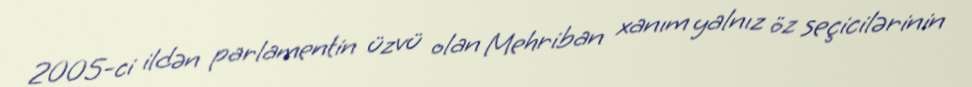
2005-ci ildən parlamentin üzvü olan Mehriban xanım yalnız öz seçicilərinin